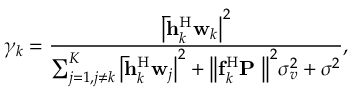
{ \gamma _ { k } } = \frac { { { { \left| { { { \bf { \bar { h } } } _ { k } ^ { \mathrm { H } } } { { \bf { w } } _ { k } } } \right| } ^ { 2 } } } } { { \sum _ { j = 1 , j \ne k } ^ { K } { { { \left| { { { \bf { \bar { h } } } _ { k } ^ { \mathrm { H } } } { { \bf { w } } _ { j } } } \right| } ^ { 2 } } } + { { \left\| { { { \bf { f } } _ { k } ^ { \mathrm { H } } } { { \bf { P } } } { { \bf { \Theta } } } } \right\| } ^ { 2 } } \sigma _ { v } ^ { 2 } + { \sigma ^ { 2 } } } } ,